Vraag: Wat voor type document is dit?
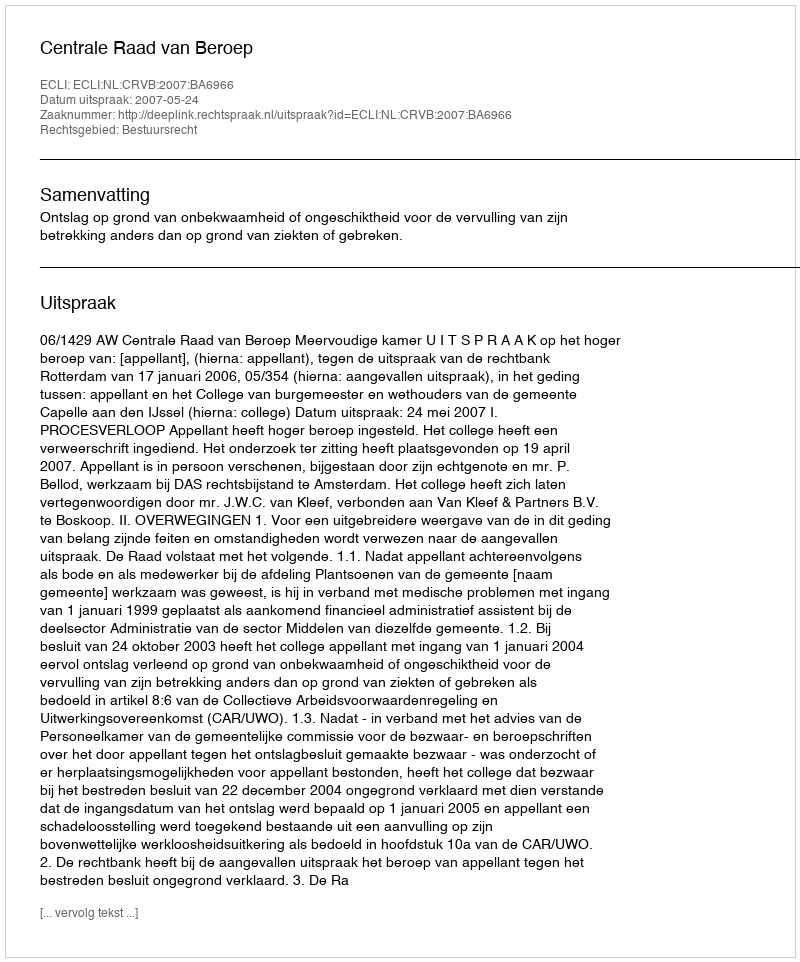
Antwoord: Uitspraak